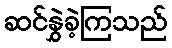
ဆင်နွှဲခဲ့ကြသည်